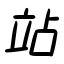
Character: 站